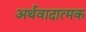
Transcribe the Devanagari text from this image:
अर्थवादात्मक